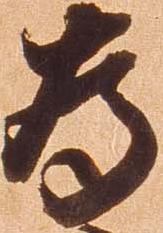
為